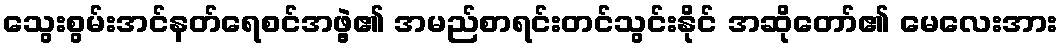
သွေးစွမ်းအင်နတ်ရေစင်အဖွဲ့၏ အမည်စာရင်းတင်သွင်းနိုင် အဆိုတော်၏ မေလေးအား